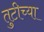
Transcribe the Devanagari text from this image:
तुटीच्या